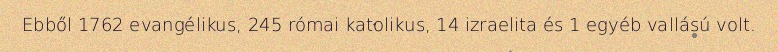
Ebből 1762 evangélikus, 245 római katolikus, 14 izraelita és 1 egyéb vallású volt.